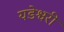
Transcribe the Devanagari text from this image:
यडेश्वरी